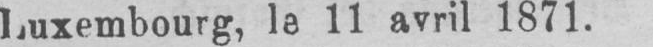
Luxembourg, la 11 avril 1871.